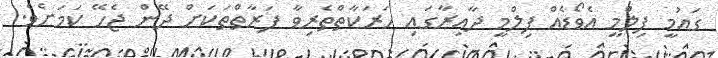
ގައުމީ ފިލްމީ އެވޯޑެއް ފިލްމީ ދާއިރާގައި ހަރަކާތްތެރިވާ ފަރާތްތަކަށް ދޭން ޖެހޭ ކަމަށެވެ.